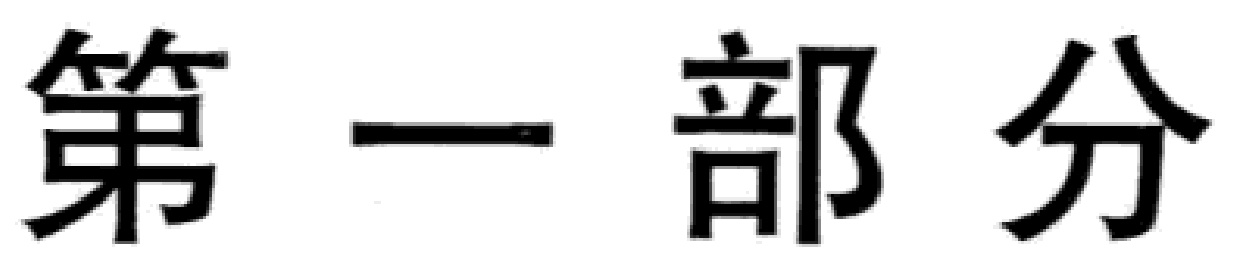
第一部分